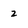
Character: 2